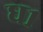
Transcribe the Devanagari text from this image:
ध१